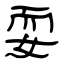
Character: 耍